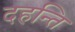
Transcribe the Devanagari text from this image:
दहन्ति